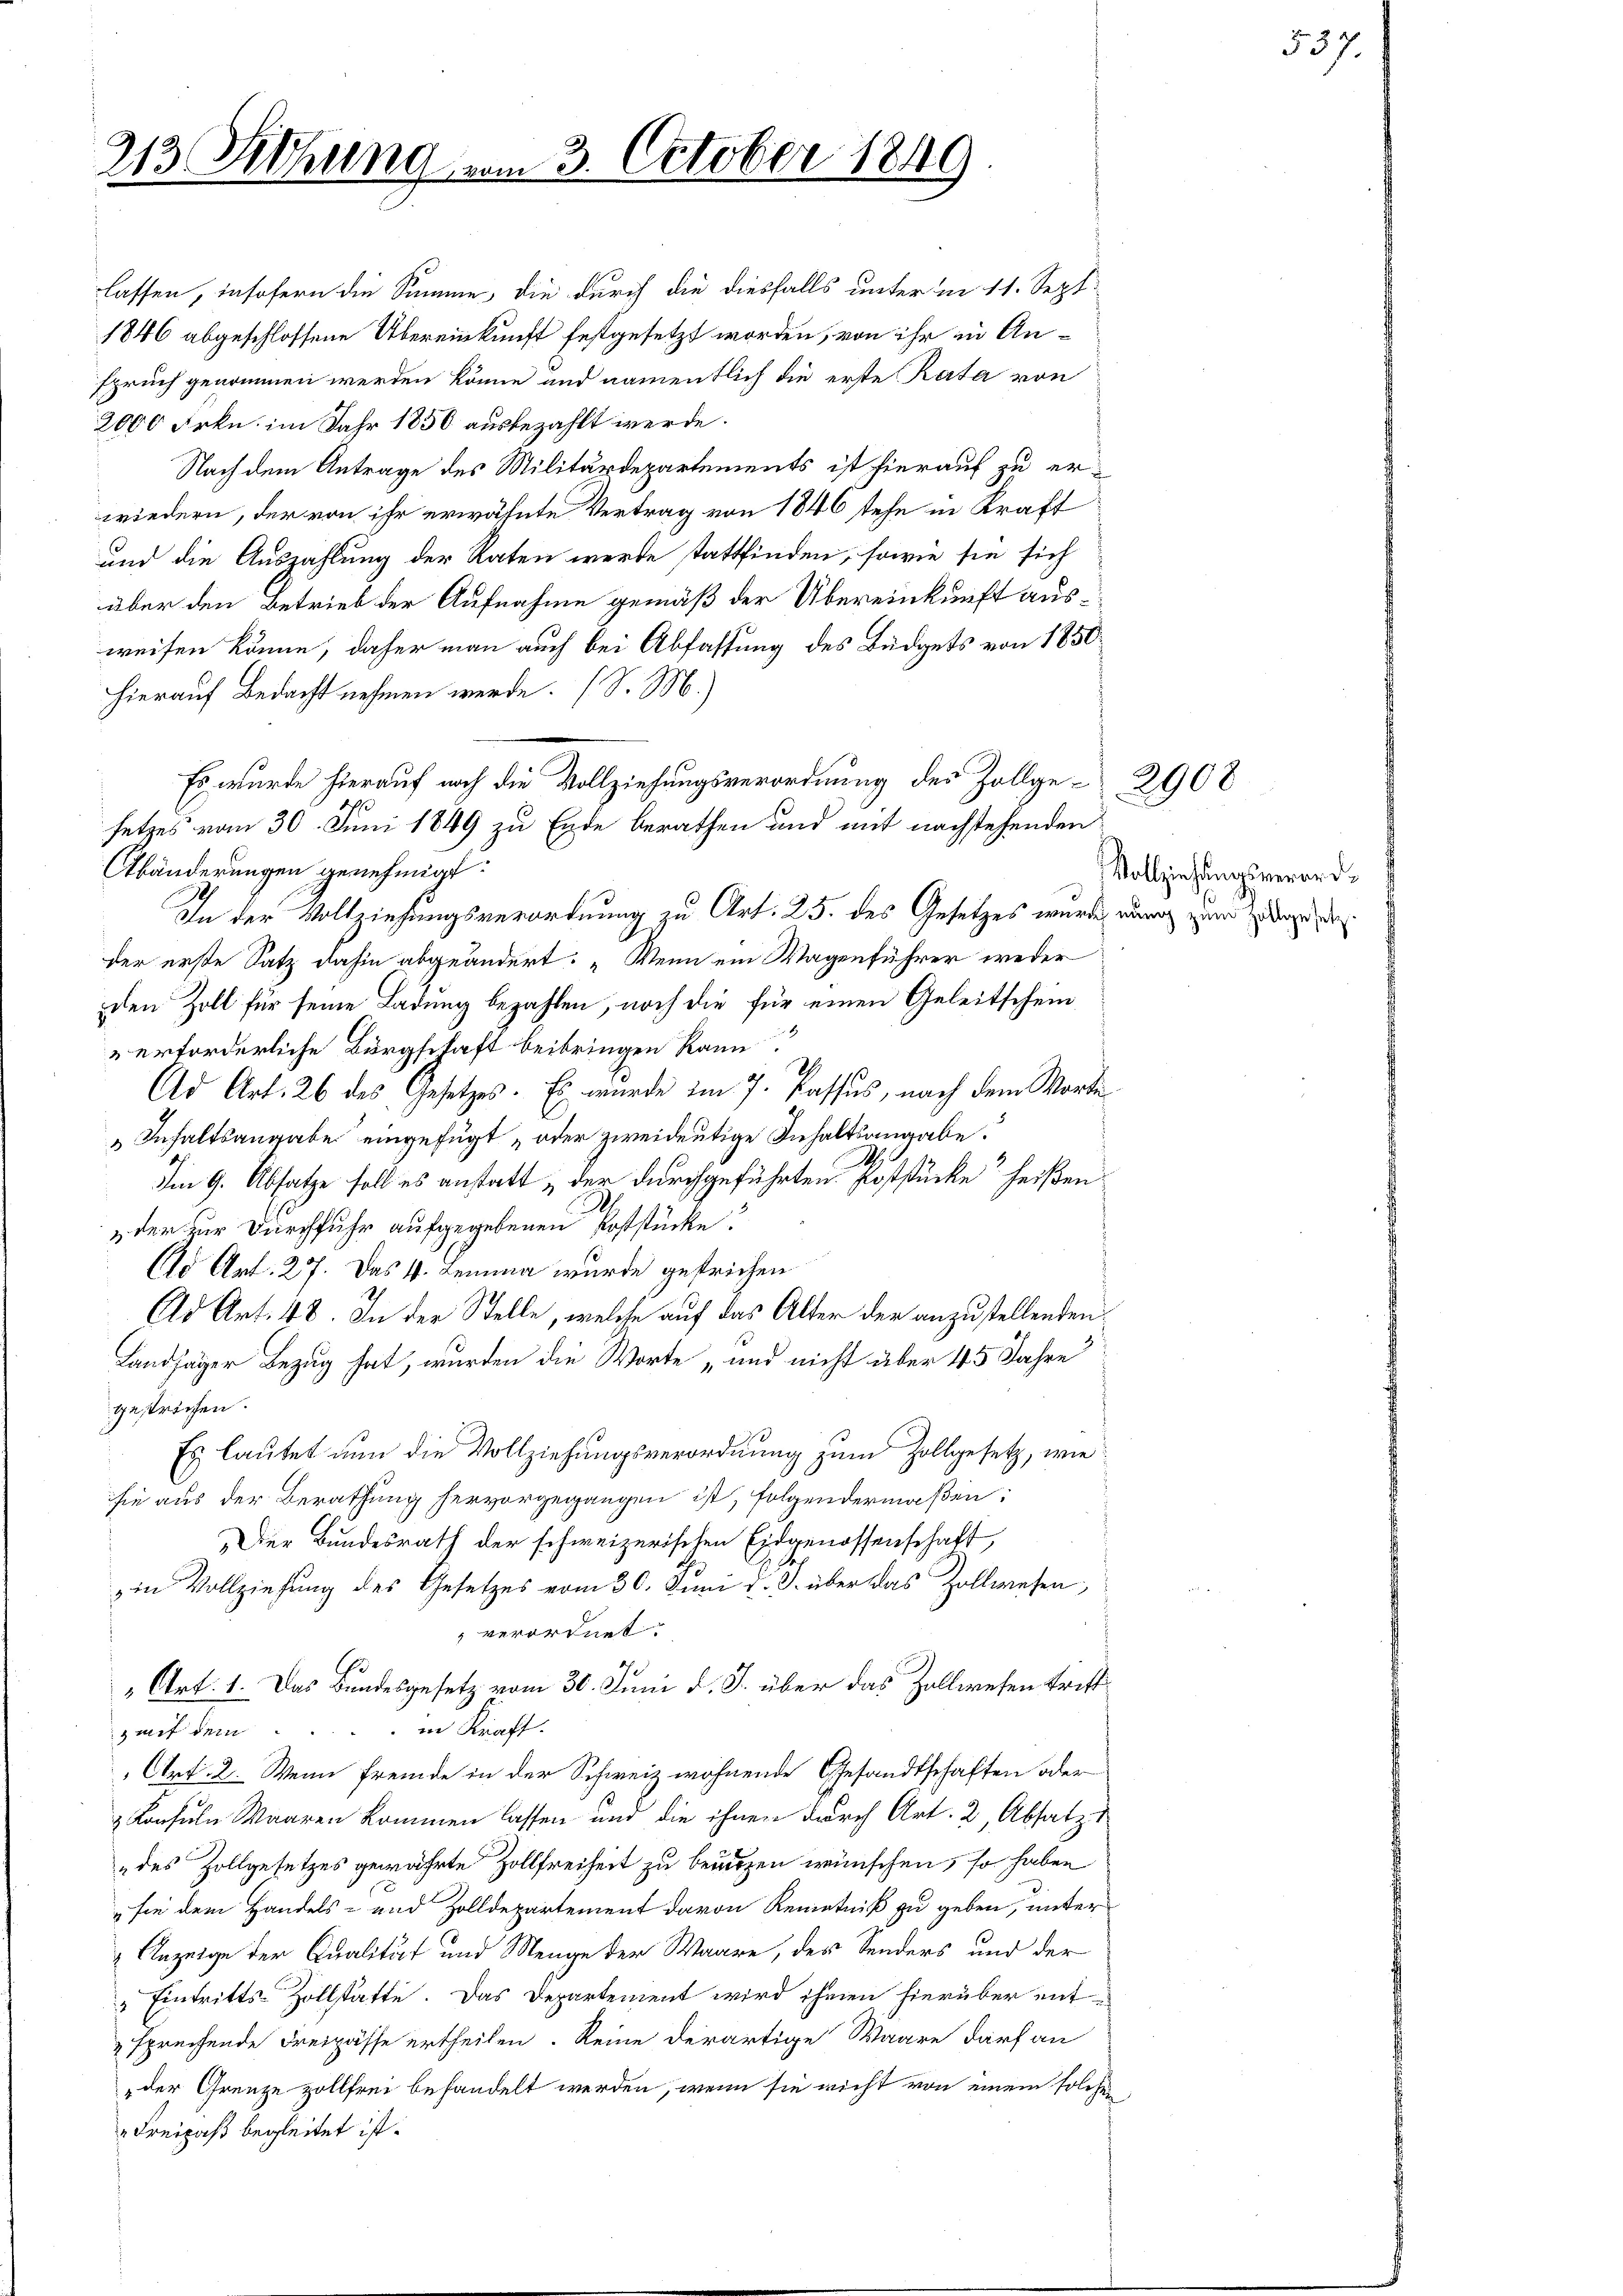
213. Fettung vom 3. October 1849

2000 Frkn. im Jahr 1850 ausbezahlt werde.
hierauf Bedacht nehmen werde. (S. M.)
Es wurde hierauf noch die Vollziehungsverordnung des Zollge- 2908
Abänderungen genehmigt:
In der Vollziehungsverordnung zu Art. 25. des Gesetzes wurde, wenig zum Ziege
der erste Satz dahin abgeändert: „Wenn ein Wagenführer weder
den Zoll für seine Ladung bezahlen, noch die für einen Geleitschein
erforderliche Bürgschaft beibringen kann.
Ad Art. 26 des Gesetzes. Es wurde im 7. Passus, nach dem Worte
Inhaltsangabe eingefügt „oder zweideutige Inhaltsangabe:
Im 9. Absatze soll es anstatt „der durchgeführten Poststücke“ heißen
„der zur Durchfuhr aufgegebenen Poststücke.
Cd Art. 27. Das 4. Lemma wurde gestrichen
Ad Art. 48. In der Stelle, welche auf das Alter der anzustellenden
Landjäger Bezug hat, wurden die Worte „und nicht über 45 Jahre
gestrichen.
Es lautet nun die Vollziehungsverordnung zum Zollgesetz, wie
sie aus der Berathung hervorgegangen ist, folgendermaßen:
Der Bundesrath der schweizerischen Eidgenossenschaft,
in Vollziehung des Gesetzes vom 30. Juni d. J. über das Zollwesen,
verordnet.
G
„Art. 1. Das Bundesgesetz vom 30. Juni d. J. über das Zollwesen trift
zmit dem . . . . in Kraft.
Art. 2. Wenn fremde in der Schweiz wohnende Gesandtschaften oder
 Konsuln Waaren kommen lassen und die ihnen durch Art. 2, Absatzu
des Zollgesetzes gewährte Zollfreiheit zu benutzen wünschen, so haben
„sie dem Handels- und Zolldepartement davon Kenntniß zu geben, unter
Anzeige der Qualität und Menge der Waare, des Sonders und der
" Eintritts-Zollstatte. Das Departement wird ihren hierüber entsprechende Freipässe ertheilen. Reine derartige Waare darf an
der Grenze zollfrei behandelt werden, wenn sie nicht von einem solches
Freipass begleitet ist.

setzes vom 30. Juni 1849 zu Ende berathen und mit nachstehenden

lassen, insofern die Summe, die durch die diesfalls unter in 11. Sept
1846 abgeschlossene Übereinkunft festgesetzt worden, von ihr in Anspruch genommen werden könne und namentlich die erste Rata von
Nach dem Antrage des Militärdepartements ist hierauf zu erwiedern, der von ihr erwähnte Vertrag von 1846 stehe in Kraft
und die Auszahlung der Raten werde stattfinden, sowie sie sich
über den Betrieb der Aufnahme gemäß der Übereinkunft ausweisen könne, daher man auch bei Abfassung des Büdgets von 1850

Vollziehungsverord¬

537.